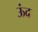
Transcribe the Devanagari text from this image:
ऊंद